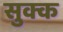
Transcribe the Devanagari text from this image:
सुक्क